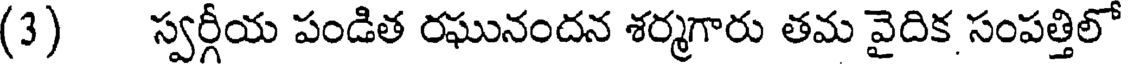
(3) స్వర్గీయ పండిత రఘునందన శర్మగారు తమ వైదిక సంపత్తిలో